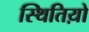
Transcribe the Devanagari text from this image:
स्थितिय़ो